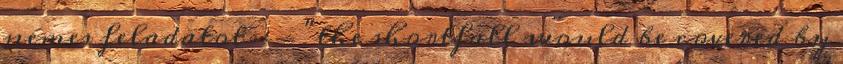
nemes feladatot -- "the shortfall would be covered by